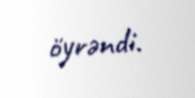
öyrəndi.